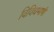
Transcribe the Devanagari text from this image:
विविधभाषी